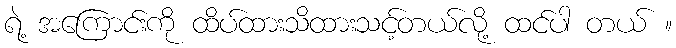
ရဲ့ အကြောင်းကို ထိပ်ထားသိထားသင့်တယ်လို့ ထင်ပါ တယ် ။